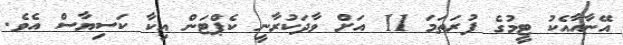
އޭނާއާއެކު ޓީމުގެ ފުރަތަމަ 11 އަށް ވާދަކުރާނީ ކެޕްޓަން އިކާ ކަސިޔާސް އެވެ.